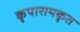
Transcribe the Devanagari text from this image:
कृपारामकृत